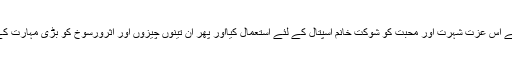
وہ ذہین اور ہوشیار بھی بلا کے واقع ہوئے اور کمال مہارت سے اس عزتٗ شہرت اور محبت کو شوکت خانم اسپتال کے لئے استعمال کیااور پھر ان تینوں چیزوں اور اثرورسوخ کو بڑی مہارت کے ساتھ سیاست کے لئے استعمال کر کے تحریک انصاف بنائی۔